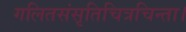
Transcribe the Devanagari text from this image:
गलितसंसृतिचित्रचिन्ता।